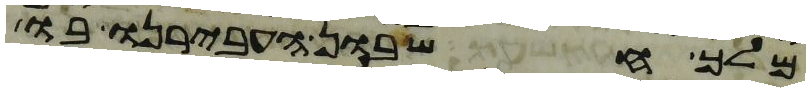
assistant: מלך חשבון העבירנו בו